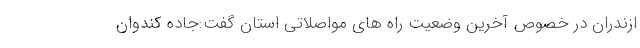
ازندران در خصوص آخرین وضعیت راه های مواصلاتی استان گفت:جاده کندوان